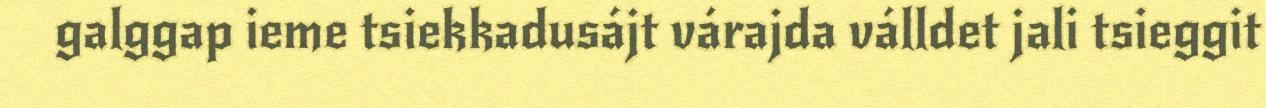
galggap ieme tsiekkadusájt várajda válldet jali tsieggit